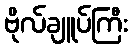
ဗိုလ်ချူပ်ကြီး